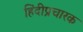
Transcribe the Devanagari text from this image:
हिंदीप्रचारक